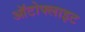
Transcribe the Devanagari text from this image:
ऑटोफ्लाइट